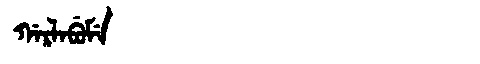
Manchu: ᡤᠠᡵᠯᠠᠪᡠᠮᡝ
Romanization: GARLABUME